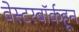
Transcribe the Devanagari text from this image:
वेस्टरबॉर्कहून